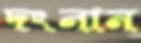
দংনান